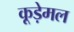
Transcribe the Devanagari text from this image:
कूड़ेमल